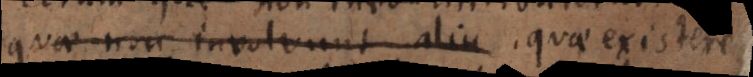
quae non involvunt aliu quae existere